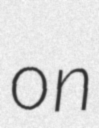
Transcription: on